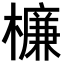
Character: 𣜰